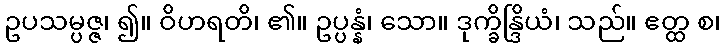
ဥပသမ္ပဇ္ဇ၊ ၍။ ဝိဟရတိ၊ ၏။ ဥပ္ပန္နံ၊ သော။ ဒုက္ခိန္ဒြိယံ၊ သည်။ ဧတ္ထ စ၊